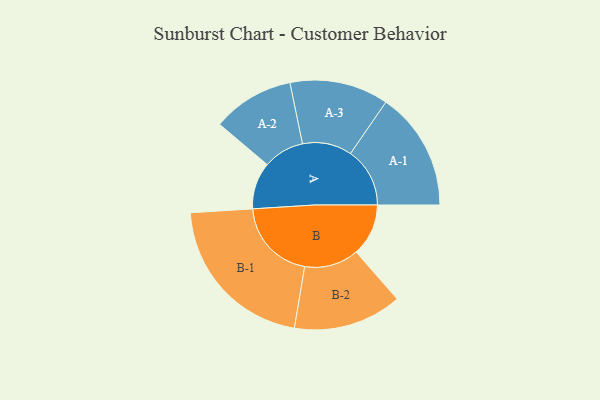
{"axis": {"x": "Segment", "y": "Value"}, "legend": ["", "A", "B"], "data": [{"x": "A", "y": 165, "type": ""}, {"x": "B", "y": 184, "type": ""}, {"x": "A-1", "y": 209, "type": "A"}, {"x": "A-2", "y": 144, "type": "A"}, {"x": "A-3", "y": 174, "type": "A"}, {"x": "B-1", "y": 290, "type": "B"}, {"x": "B-2", "y": 191, "type": "B"}]}